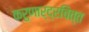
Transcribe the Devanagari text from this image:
करुणार्द्रचित्त